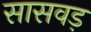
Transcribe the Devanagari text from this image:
सासवड़